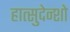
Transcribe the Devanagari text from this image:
हात्सुदेन्शो